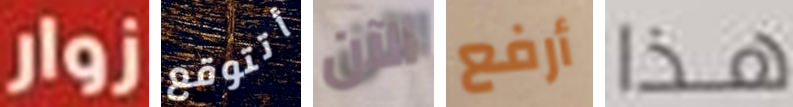
زوار أتتوقع الآن أرفع هذا